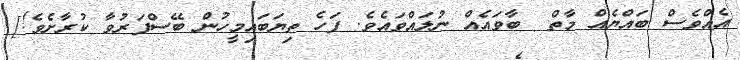
އެއްވެސް ބައްޔެއް މާތް  ބާވައެއް ނުލައްވައެވެ. ފަހެ ތިޔަބައިމީހުން ބޭސްފަރުވާ ކުރާށެވެ!]